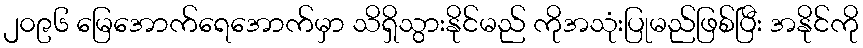
၂၀၉၆ မြေအောက်ရေအောက်မှာ သိရှိသွားနိုင်မည် ကိုအသုံးပြုမည်ဖြစ်ပြီး အနိုင်ကို